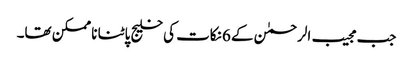
جب مجیب الرحمٰن کے 6نکات کی خلیج پاٹنا نا ممکن تھا۔